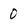
Character: 0